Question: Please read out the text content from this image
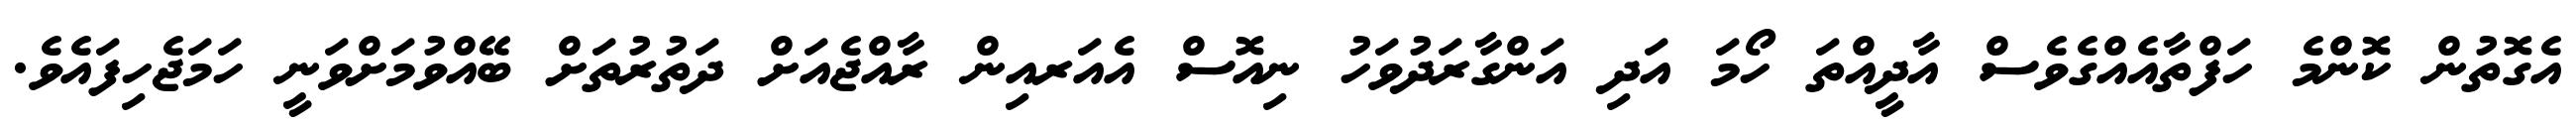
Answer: އެގޮތުން ކޮންމެ ހަފްތާއެއްގެވެސް އާދީއްތަ ހޯމަ އަދި އަންގާރަދުވަހު ނިއޮސް އެއަރއިން ރާއްޖެއަށް ދަތުރުތަށް ބޭއްވުމަށްވަނީ ހަމަޖެހިފައެވެ.